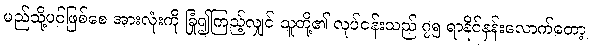
မည်သို့ပင်ဖြစ်စေ အားလုံးကို ခြုံ၍ကြည့်လျှင် သူတို့၏ လုပ်ငန်းသည် ၇၅ ရာနိုင်နှန်းလောက်တော့